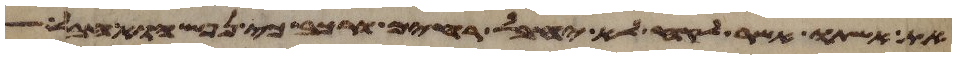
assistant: את אשתו אשר לקח לא יחבל רחים ורכב כי נפש הוא חבל